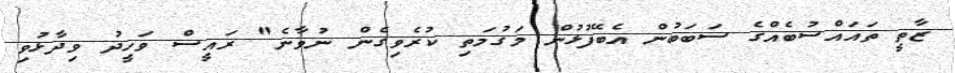
ޒާތީ ތައައްސުބެއްގެ ސަބަބުން އެބޭފުޅުން މަގުމަތި ކުރެވިގެން ނުވާނެ" ރައީސް ވަހީދު ވިދާޅުވި